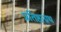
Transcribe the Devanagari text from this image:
प्रतिष्ठाग्रंथ